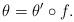
LaTeX: \begin{align*}\theta = \theta' \circ f.\end{align*}